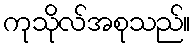
ကုသိုလ်အစုသည်။